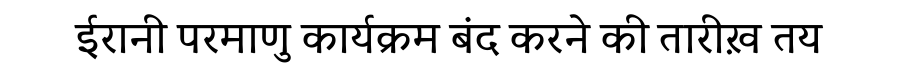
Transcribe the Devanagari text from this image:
ईरानी परमाणु कार्यक्रम बंद करने की तारीख़ तय